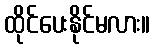
ထိုင်ပေးနိုင်မလား။